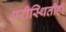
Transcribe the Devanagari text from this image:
परीस्थितीही